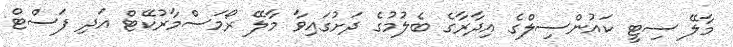
މާލޭ ސިޓީ ކައުންސިލްގެ އިދާރާގެ ބެލުމުގެ ދަށުގައިވާ މާލޭ ރޯމަސްމާރުކޭޓް އަދި ފަސްޓް